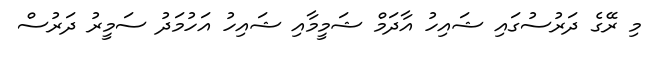
މި ރޭގެ ދަރުސުގައި ޝައިހު އާދަމް ޝަމީމާއި ޝައިހު އަހުމަދު ސަމީރު ދަރުސް